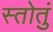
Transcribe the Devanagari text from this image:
स्तोतुं